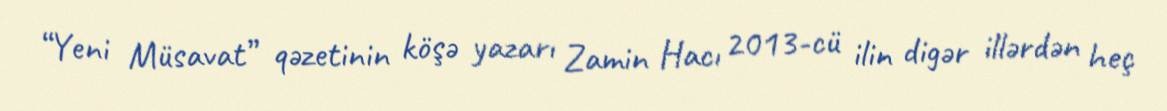
“Yeni Müsavat” qəzetinin köşə yazarı Zamin Hacı 2013-cü ilin digər illərdən heç